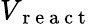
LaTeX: V_{\mathrm{~r~e~a~c~t~}}